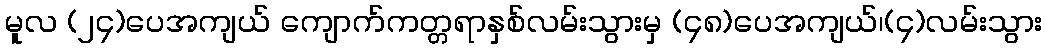
မူလ (၂၄)ပေအကျယ် ကျောက်ကတ္တရာနှစ်လမ်းသွားမှ (၄၈)ပေအကျယ်၊(၄)လမ်းသွား